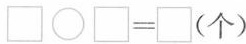
$$\Box \bigcirc \Box = \Box ( 个 )$$